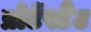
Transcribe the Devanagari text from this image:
प्रोटेंस्टैंट